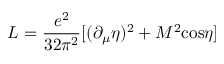
{ \cal L } = \frac { e ^ { 2 } } { 3 2 \pi ^ { 2 } } [ ( \partial _ { \mu } \eta ) ^ { 2 } + M ^ { 2 } \mathrm { c o s } \eta ]